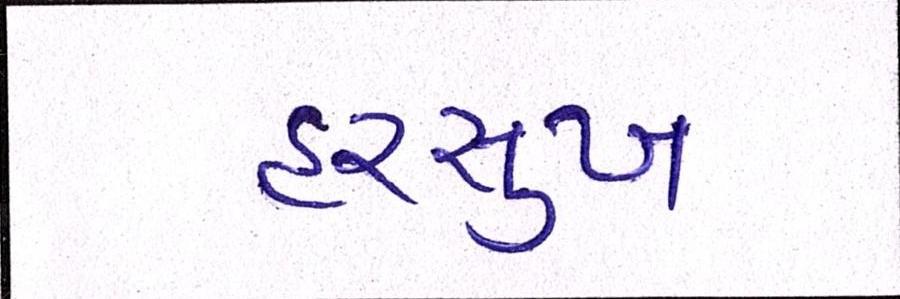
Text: હરસુખ